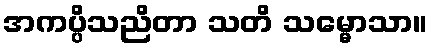
အကပ္ပိသညိတာ သတိ သမ္မောသာ။